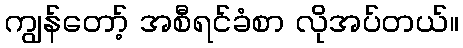
ကျွန်တော့် အစီရင်ခံစာ လိုအပ်တယ်။